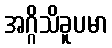
အဂ္ဂိသိခူပမာ